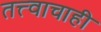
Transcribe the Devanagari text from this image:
तत्त्वाचाही